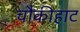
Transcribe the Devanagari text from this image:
चौकीहाट